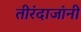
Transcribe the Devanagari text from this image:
तीरंदाजांनी